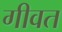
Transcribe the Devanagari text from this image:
गीवत